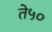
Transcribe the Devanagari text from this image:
ते५०